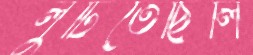
লুটিতেছিলি